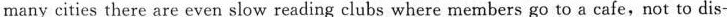
many cities there are even slow reading clubs where members go to a cafe,not to dis—